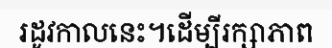
រដូវកាលនេះ។ដើម្បីរក្សាភាព